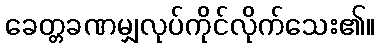
ခေတ္တခဏမျှလုပ်ကိုင်လိုက်သေး၏။